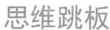
思维跳板